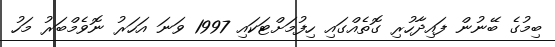
ބިމުގެ ބޭނުން ފައިދާހުރި ގޮތެއްގައި ހިފުމަށްޓަކައި 1997 ވަނަ އަހަރު ނޮވެމްބަރު މަހު